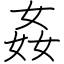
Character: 姦